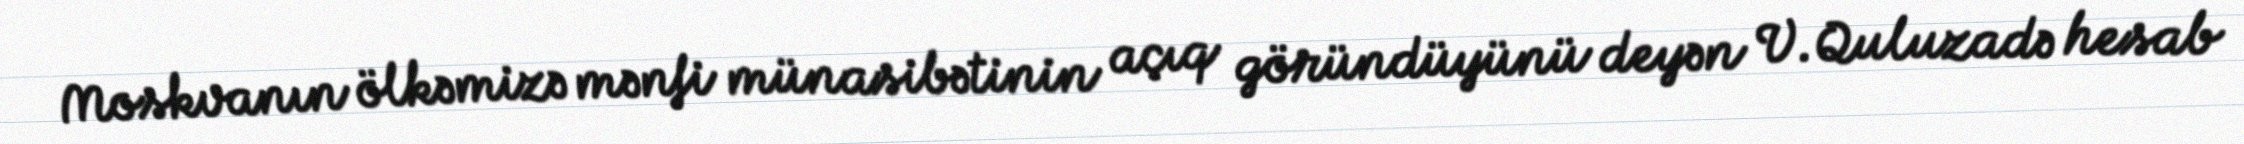
Moskvanın ölkəmizə mənfi münasibətinin açıq göründüyünü deyən V.Quluzadə hesab